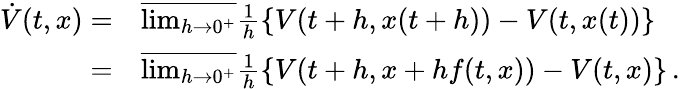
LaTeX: \begin{array}{rl}{\dot{V}(t,x)=}&{\overline{{\operatorname*{lim}_{h\rightarrow 0^{+}}}}\frac{1}{h}\{ V(t+h,x(t+h))-V(t,x(t))\} }\\ {=}&{\overline{{\operatorname*{lim}_{h\rightarrow 0^{+}}}}\frac{1}{h}\{ V(t+h,x+hf(t,x))-V(t,x)\} \, .}\end{array}